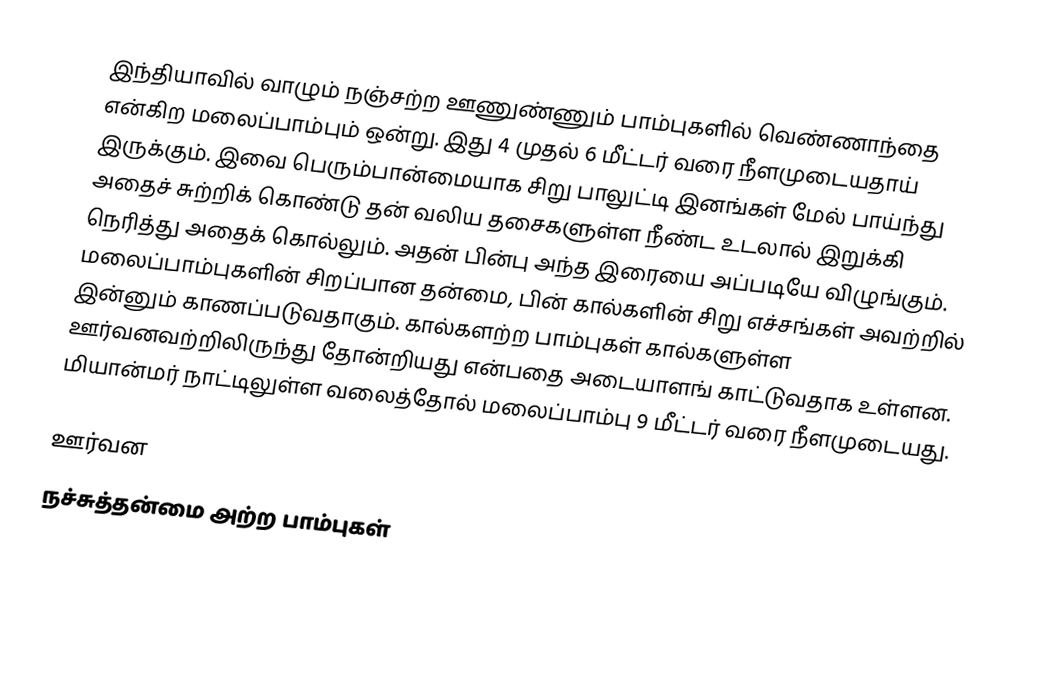
இந்தியாவில் வாழும் நஞ்சற்ற ஊணுண்ணும் பாம்புகளில் வெண்ணாந்தை என்கிற மலைப்பாம்பும் ஒன்று. இது 4 முதல் 6 மீட்டர் வரை நீளமுடையதாய் இருக்கும். இவை பெரும்பான்மையாக சிறு பாலுட்டி இனங்கள் மேல் பாய்ந்து அதைச் சுற்றிக் கொண்டு தன் வலிய தசைகளுள்ள நீண்ட உடலால் இறுக்கி நெரித்து அதைக் கொல்லும். அதன் பின்பு அந்த இரையை அப்படியே விழுங்கும். மலைப்பாம்புகளின் சிறப்பான தன்மை, பின் கால்களின் சிறு எச்சங்கள் அவற்றில் இன்னும் காணப்படுவதாகும். கால்களற்ற பாம்புகள் கால்களுள்ள ஊர்வனவற்றிலிருந்து தோன்றியது என்பதை அடையாளங் காட்டுவதாக உள்ளன. மியான்மர் நாட்டிலுள்ள வலைத்தோல் மலைப்பாம்பு 9 மீட்டர் வரை நீளமுடையது.

 ஊர்வன
நச்சுத்தன்மை அற்ற பாம்புகள்